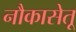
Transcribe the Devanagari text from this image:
नौकासेतू